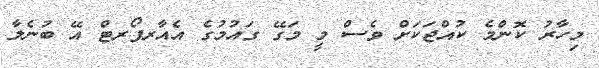
މިހާރު ކޮންމެ ކުއްޖަކަށް ވެސް މީ މަގޭ ގައުމުގެ އެއާރޕޯރޓް އޭ ބުނެލާ